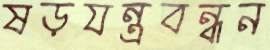
ষড়যন্ত্রবন্ধন